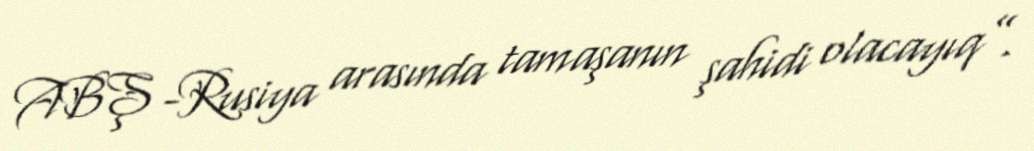
ABŞ -Rusiya arasında tamaşanın şahidi olacayıq”.